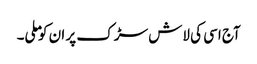
آج اسی کی لاش سڑک پر ان کو ملی۔